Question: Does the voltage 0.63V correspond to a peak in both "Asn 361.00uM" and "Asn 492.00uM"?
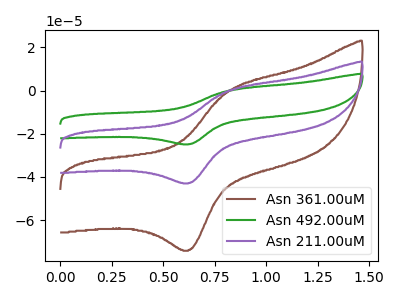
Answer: <think>The brown curve "Asn 361.00uM" has an anodic peak at (0.80V, 0.10uA) and a cathodic peak at (0.65V, -73.80uA). The green curve "Asn 492.00uM" has an anodic peak at (0.80V, 0.10uA) and a cathodic peak at (0.65V, -85.60uA). The purple curve "Asn 211.00uM" has an anodic peak at (0.80V, 0.05uA) and a cathodic peak at (0.65V, -42.80uA).</think>
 <answer>Yes, "Asn 361.00uM" and "Asn 492.00uM" share a peak at 0.63V.</answer>
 <eval>match</eval>